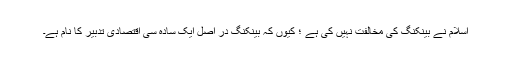
اسلام نے بینکنگ کی مخالفت نہیں کی ہے ؛ کیوں کہ بینکنگ در اصل ایک سادہ سی اقتصادی تدبیر کا نام ہے۔